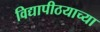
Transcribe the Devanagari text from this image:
विद्यापीठयाच्या